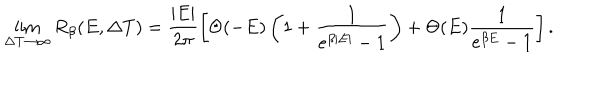
\lim _ { \Delta T \rightarrow \infty } R _ { \beta } ( E , \Delta T ) = \frac { | E | } { 2 \pi } \left[ \Theta ( - E ) \left( 1 + \frac { 1 } { e ^ { \beta | E | } - 1 } \right) + \Theta ( E ) \frac { 1 } { e ^ { \beta E } - 1 } \right] .